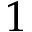
1